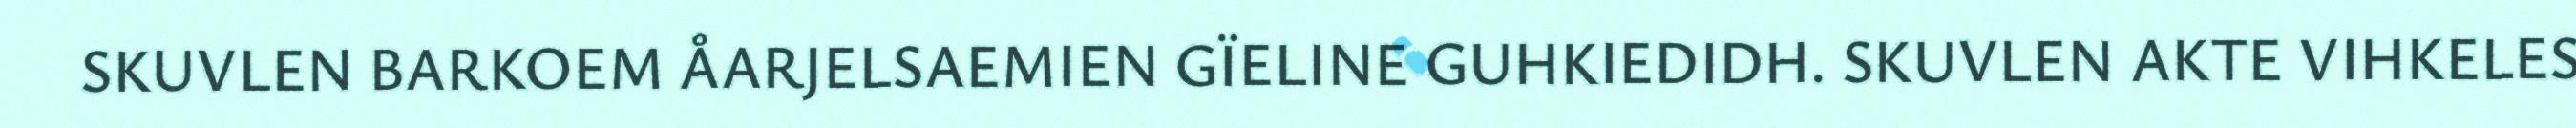
SKUVLEN BARKOEM ÅARJELSAEMIEN GÏELINE GUHKIEDIDH. SKUVLEN AKTE VIHKELES